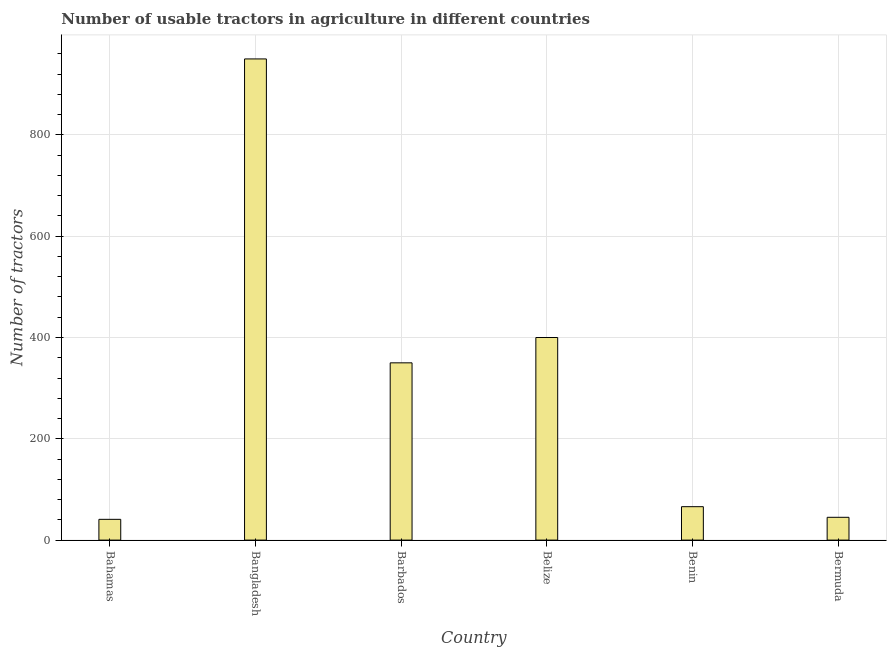
| Country | Agricultural machinery |
 | --- | --- |
 | Bahamas | 41 |
 | Bangladesh | 950 |
 | Barbados | 350 |
 | Belize | 400 |
 | Benin | 66 |
 | Bermuda | 45 |